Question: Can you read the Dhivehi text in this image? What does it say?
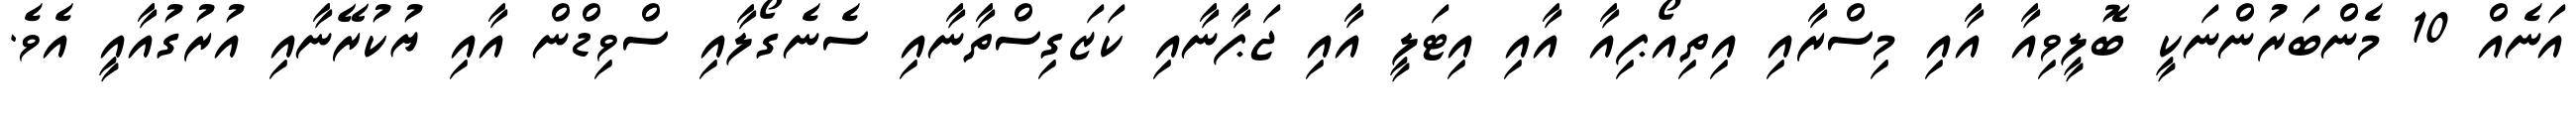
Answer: އަނެއް 10 މެންބަރުންނަކީ ބޮލީވިއާ އާއި މިސްރާއި އިތިއޯޕިއާ އާއި އިޓަލީ އާއި ޖަޕާނާއި ކަޒަގިސްތާނާއި ސެނެގޯލާއި ސްވިޑްން އާއި ޔުކުރޭނާއި އުރުގުއާއީ އެވެ.